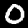
Digit: 0